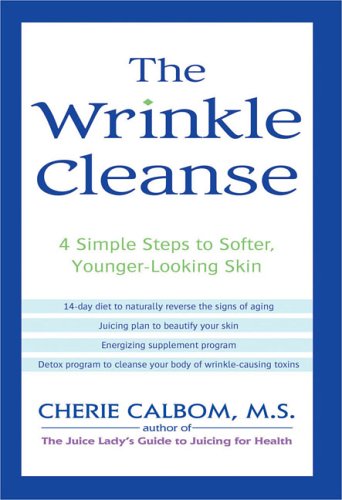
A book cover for The Wrinkle Cleanse: 4 Simple Steps to Softer, Younger-Looking Skin; Cherie Calbom; Health, Fitness & Dieting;